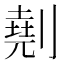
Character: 𠟋